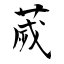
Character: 薉